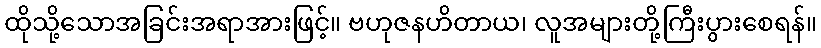
ထိုသို့သောအခြင်းအရာအားဖြင့်။ ဗဟုဇနဟိတာယ၊ လူအများတို့ကြီးပွားစေရန်။